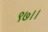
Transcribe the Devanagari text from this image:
९७।।